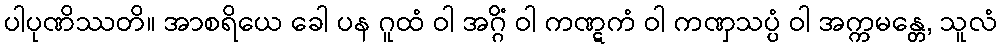
ပါပုဏိဿတိ။ အာစရိယေ ခေါ ပန ဂူထံ ဝါ အဂ္ဂိံ ဝါ ကဏ္ဋကံ ဝါ ကဏှသပ္ပံ ဝါ အက္ကမန္တေ, သူလံ